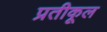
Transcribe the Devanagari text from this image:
प्रतीकूल